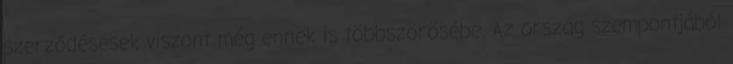
szerződésesek viszont még ennek is többszörösébe. Az ország szempontjából